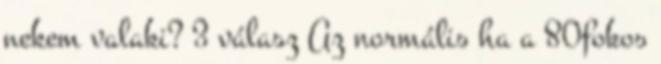
nekem valaki? 3 válasz Az normális ha a 80fokos